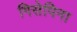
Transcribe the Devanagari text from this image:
गिसेपिना